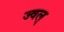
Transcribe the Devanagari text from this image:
ज्वल्